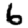
Digit: 6